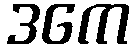
ဒကေ